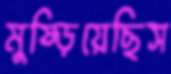
মুষ্‌ড়িয়েছিস